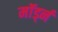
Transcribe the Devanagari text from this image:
मॉर्ड्न